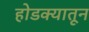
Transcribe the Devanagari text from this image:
होडक्यातून